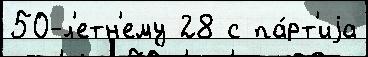
50-л'етн'ему 28 с па́рт'иjа